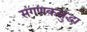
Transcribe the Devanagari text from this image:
संगणकसुद्धा